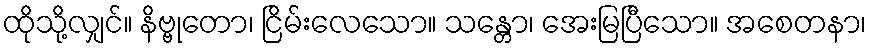
ထိုသို့လျှင်။ နိဗ္ဗုတော၊ ငြိမ်းလေသော။ သန္တော၊ အေးမြပြီသော။ အစေတနာ၊